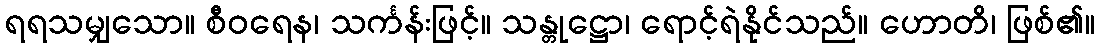
ရရသမျှသော။ စီဝရေန၊ သင်္ကန်းဖြင့်။ သန္တုဋ္ဌော၊ ရောင့်ရဲနိုင်သည်။ ဟောတိ၊ ဖြစ်၏။